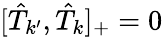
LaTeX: [\hat{T}_{k^{\prime}},\hat{T}_{k}]_{+}=0